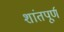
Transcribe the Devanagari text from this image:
शांतपूर्ण